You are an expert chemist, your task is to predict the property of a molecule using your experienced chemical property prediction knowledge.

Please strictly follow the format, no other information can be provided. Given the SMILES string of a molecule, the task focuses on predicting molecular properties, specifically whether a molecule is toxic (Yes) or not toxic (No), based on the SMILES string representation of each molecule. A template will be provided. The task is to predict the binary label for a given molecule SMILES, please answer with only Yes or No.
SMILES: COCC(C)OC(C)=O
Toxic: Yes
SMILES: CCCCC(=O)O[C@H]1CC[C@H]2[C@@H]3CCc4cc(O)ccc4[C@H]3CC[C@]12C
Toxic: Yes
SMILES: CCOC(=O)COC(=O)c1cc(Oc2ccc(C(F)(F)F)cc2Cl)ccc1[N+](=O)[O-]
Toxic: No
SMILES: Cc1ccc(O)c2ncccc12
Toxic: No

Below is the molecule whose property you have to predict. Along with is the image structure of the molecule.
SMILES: O=C(O)CCC(=O)O.c1ccc(C2(c3ccccc3)CC2C2=NCCN2)cc1
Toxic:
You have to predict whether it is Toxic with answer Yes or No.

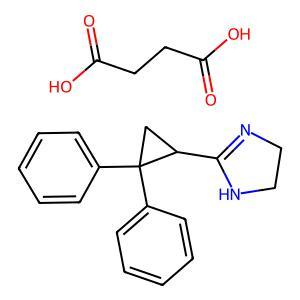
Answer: No